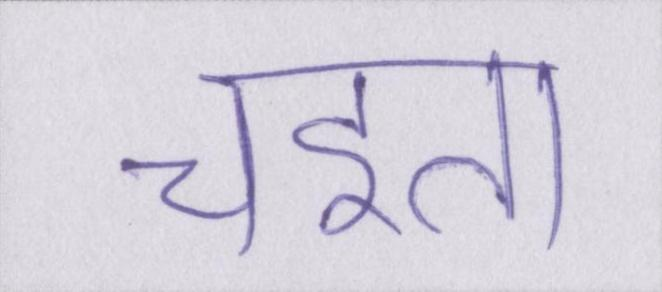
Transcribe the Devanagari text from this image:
चइता